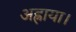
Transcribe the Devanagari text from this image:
अह्राया।